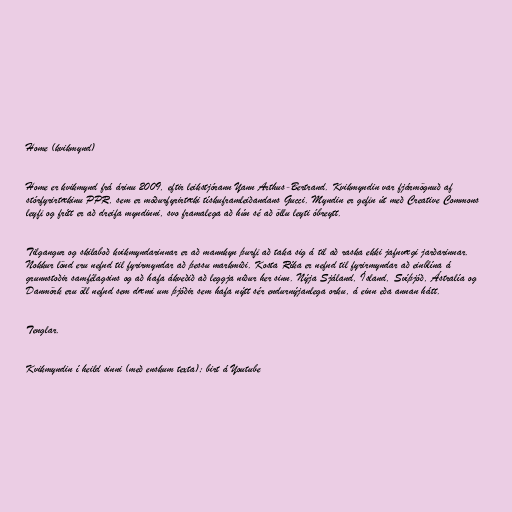
Home (kvikmynd)

Home er kvikmynd frá árinu 2009, eftir leikstjórann Yann Arthus-Bertrand. Kvikmyndin var fjármögnuð af
stórfyrirtækinu PPR, sem er móðurfyrirtæki tískuframleiðandans Gucci. Myndin er gefin út með Creative Commons
leyfi og frítt er að dreifa myndinni, svo framalega að hún sé að öllu leyti óbreytt.

Tilgangur og skilaboð kvikmyndarinnar er að mannkyn þurfi að taka sig á til að raska ekki jafnvægi jarðarinnar.
Nokkur lönd eru nefnd til fyrirmyndar að þessu markmiði. Kosta Ríka er nefnd til fyrirmyndar að einblína á
grunnstoðir samfélagsins og að hafa ákveðið að leggja niður her sinn. Nýja Sjáland, Ísland, Svíþjóð, Ástralía og
Danmörk eru öll nefnd sem dæmi um þjóðir sem hafa nýtt sér endurnýjanlega orku, á einn eða annan hátt.

Tenglar.

Kvikmyndin í heild sinni (með enskum texta); birt á Youtube